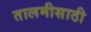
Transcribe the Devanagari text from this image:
तालमीसाठी